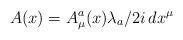
LaTeX: \begin{align*}A(x)=A_{\mu}^{a}(x) \lambda_{a}/2 i \, dx^{\mu}\end{align*}